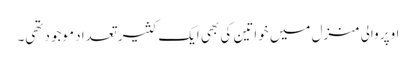
اوپر والی منزل میں خواتین کی بھی ایک کثیر تعداد موجود تھی۔